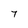
Character: 7